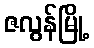
ဇလွန်မြို့